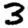
Digit: 3